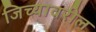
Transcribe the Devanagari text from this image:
जिच्यावरील